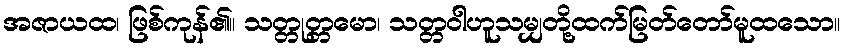
အဇာယထ၊ ဖြစ်ကုန်၏။ သတ္တုတ္တမော၊ သတ္တဝါဟူသမျှတို့ထက်မြတ်တော်မူထသော။